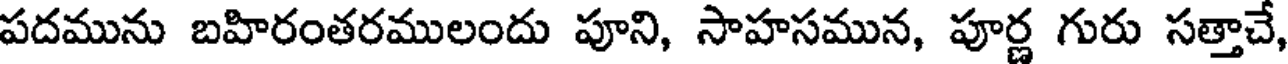
పదమును బహిరంతరములందు పూని, సాహసమున, పూర్ణ గురు సత్తాచే,